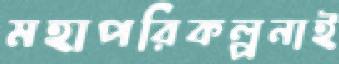
মহাপরিকল্পনাই